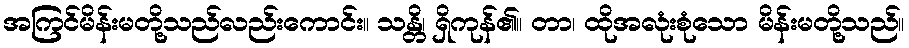
အကြင်မိန်းမတို့သည်လည်းကောင်း။ သန္တိ၊ ရှိကုန်၏။ တာ၊ ထိုအလုံးစုံသော မိန်းမတို့သည်။